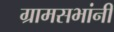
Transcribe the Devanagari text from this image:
ग्रामसभांनी